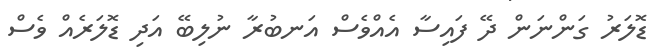
ޑޮލަރު ގަންނަން ދޭ ފައިސާ އެއްވެސް އަނބުރާ ނުލިބޭ އަދި ޑޮލަރެއް ވެސް